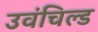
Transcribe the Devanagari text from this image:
उवंचिल्ड